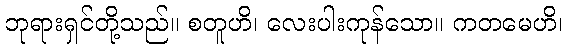
ဘုရားရှင်တို့သည်။ စတူဟိ၊ လေးပါးကုန်သော။ ကတမေဟိ၊